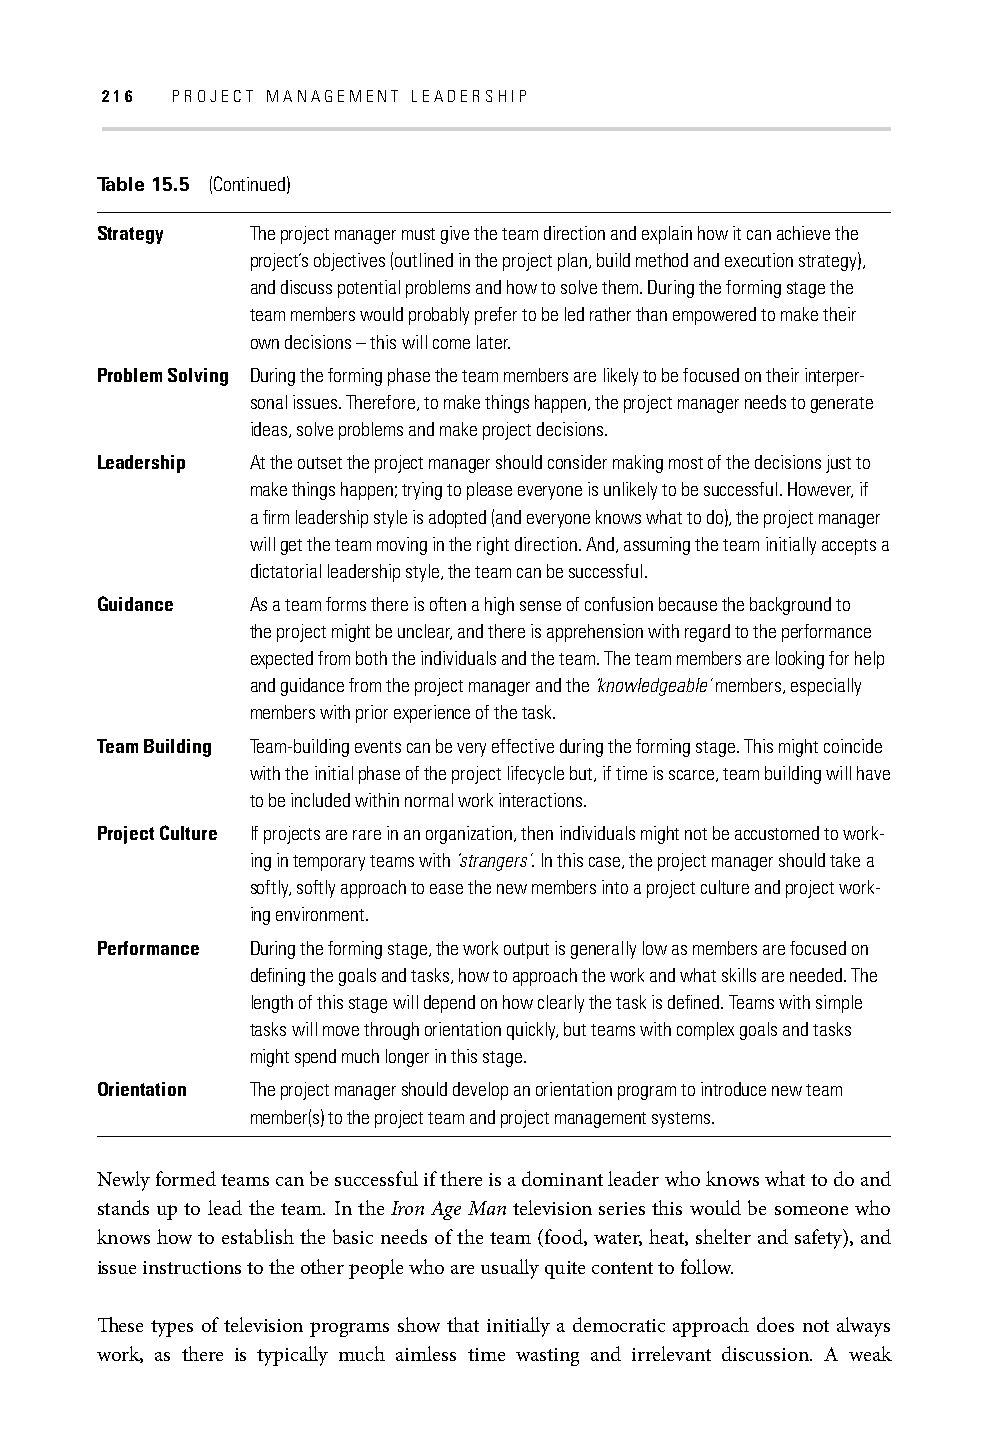
216 PROJECT MANAGEMENT LEADERSHIP
 Table 15.5 (Continued)
 Strategy   The project manager must give the team direction and explain how it can achieve the
 project’s objectives (outlined in the project plan, build method and execution strategy),
 and discuss potential problems and how to solve them. During the forming stage the
 team members would probably prefer to be led rather than empowered to make their
 own decisions – this will come later.
 Problem Solving During the forming phase the team members are likely to be focused on their interper-
 sonal issues. Therefore, to make things happen, the project manager needs to generate
 ideas, solve problems and make project decisions.
 Leadership At the outset the project manager should consider making most of the decisions just to
 make things happen; trying to please everyone is unlikely to be successful. However, if
 a fi rm leadership style is adopted (and everyone knows what to do), the project manager
 will get the team moving in the right direction. And, assuming the team initially accepts a
 dictatorial leadership style, the team can be successful.
 Guidance   As a team forms there is often a high sense of confusion because the background to
 the project might be unclear, and there is apprehension with regard to the performance
 expected from both the individuals and the team. The team members are looking for help
 and guidance from the project manager and the ‘knowledgeable’ members, especially
 members with prior experience of the task.
 Team Building Team-building events can be very effective during the forming stage. This might coincide
 with the initial phase of the project lifecycle but, if time is scarce, team building will have
 to be included within normal work interactions.
 Project Culture If projects are rare in an organization, then individuals might not be accustomed to work-
 ing in temporary teams with ‘strangers’. In this case, the project manager should take a
 softly, softly approach to ease the new members into a project culture and project work-
 ing environment.
 Performance During the forming stage, the work output is generally low as members are focused on
 defi ning the goals and tasks, how to approach the work and what skills are needed. The
 length of this stage will depend on how clearly the task is defi ned. Teams with simple
 tasks will move through orientation quickly, but teams with complex goals and tasks
 might spend much longer in this stage.
 Orientation The project manager should develop an orientation program to introduce new team
 member(s) to the project team and project management systems.
 Newly formed teams can be successful if there is a dominant leader who knows what to do and
 stands up to lead the team. In the Iron Age Man television series this would be someone who
 knows how to establish the basic needs of the team (food, water, heat, shelter and safety), and
 issue instructions to the other people who are usually quite content to follow.
 Th ese types of television programs show that initially a democratic approach does not always
 work, as there is typically much aimless time wasting and irrelevant discussion. A weak